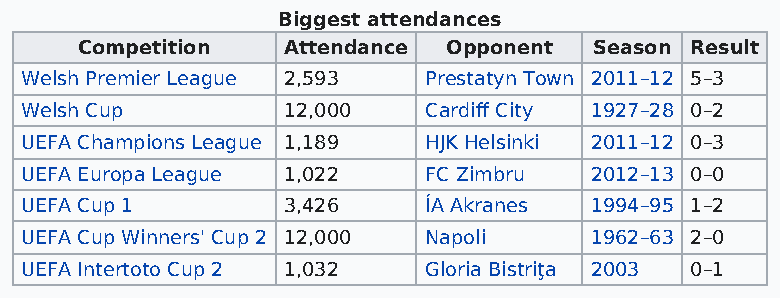
Biggest attendances
 Competition   Attendance Opponent Season Result
 Welsh Premier League 2,593 Prestatyn Town 2011–12 5–3
 Welsh Cup         12,000   Cardiff City 1927–28 0–2
 UEFA Champions League 1,189 HJK Helsinki 2011–12 0–3
 UEFA Europa League 1,022   FC Zimbru  2012–13 0–0
 UEFA Cup 1        3,426    ÍA Akranes 1994–95 1–2
 UEFA Cup Winners' Cup 2 12,000 Napoli 1962–63 2–0
 UEFA Intertoto Cup 2 1,032 Gloria Bistriţa 2003 0–1